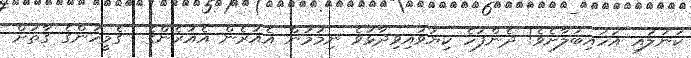
ކަނުލައި އަހައިބަލާށެވެ! ދެންފަހެ ކިޔަވައިވިދާޅުވެ ނިމުމުން އެއުރެން އެއުރެންގެ  ގެމީހުންގެ ގާތަށް